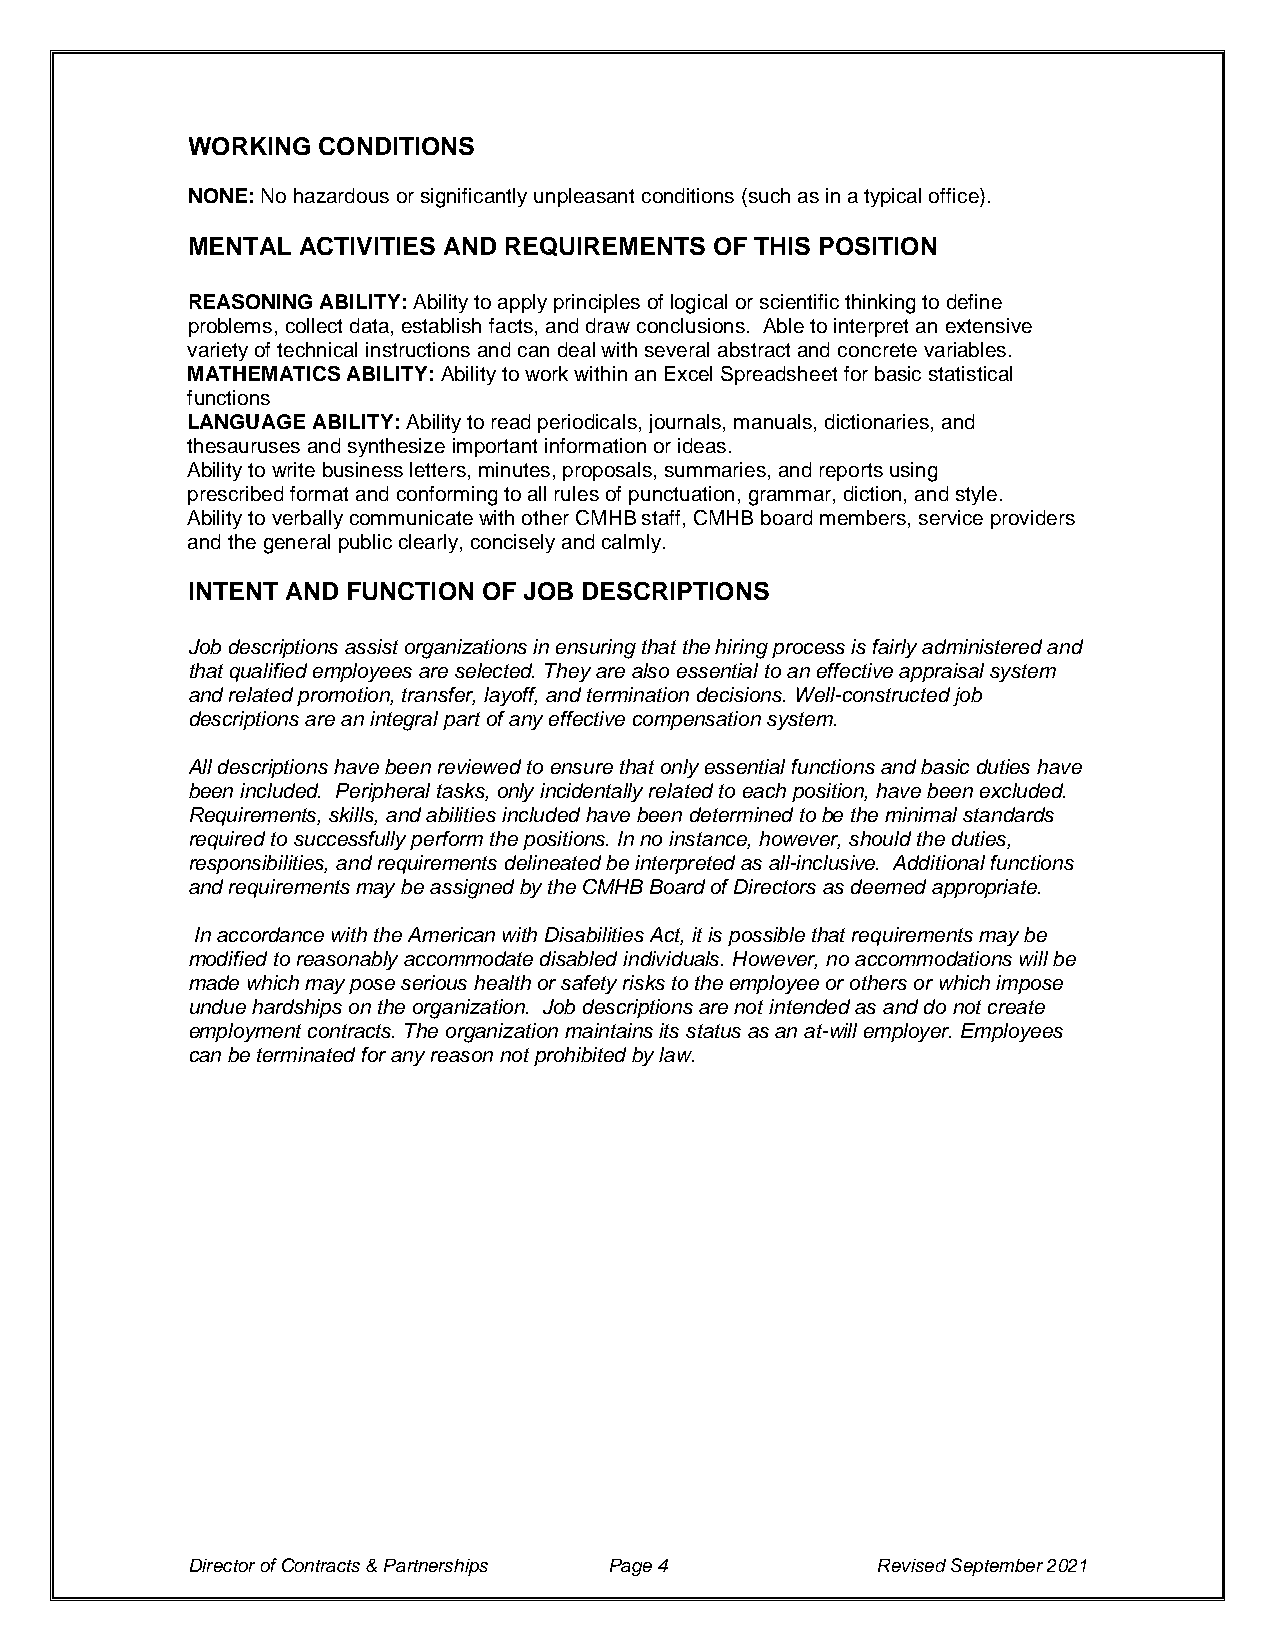
WORKING  CONDITIONS
 NONE: No hazardous or significantly unpleasant conditions (such as in a typical office).
 MENTAL  ACTIVITIES AND REQUIREMENTS OF THIS POSITION
 REASONING ABILITY: Ability to apply principles of logical or scientific thinking to define
 problems, collect data, establish facts, and draw conclusions. Able to interpret an extensive
 variety of technical instructions and can deal with several abstract and concrete variables.
 MATHEMATICS ABILITY: Ability to work within an Excel Spreadsheet for basic statistical
 functions
 LANGUAGE ABILITY: Ability to read periodicals, journals, manuals, dictionaries, and
 thesauruses and synthesize important information or ideas.
 Ability to write business letters, minutes, proposals, summaries, and reports using
 prescribed format and conforming to all rules of punctuation, grammar, diction, and style.
 Ability to verbally communicate with other CMHB staff, CMHB board members, service providers
 and the general public clearly, concisely and calmly.
 INTENT AND FUNCTION OF JOB DESCRIPTIONS
 Job descriptions assist organizations in ensuring that the hiring process is fairly administered and
 that qualified employees are selected. They are also essential to an effective appraisal system
 and related promotion, transfer, layoff, and termination decisions. Well-constructed job
 descriptions are an integral part of any effective compensation system.
 All descriptions have been reviewed to ensure that only essential functions and basic duties have
 been included. Peripheral tasks, only incidentally related to each position, have been excluded.
 Requirements, skills, and abilities included have been determined to be the minimal standards
 required to successfully perform the positions. In no instance, however, should the duties,
 responsibilities, and requirements delineated be interpreted as all-inclusive. Additional functions
 and requirements may be assigned by the CMHB Board of Directors as deemed appropriate.
 In accordance with the American with Disabilities Act, it is possible that requirements may be
 modified to reasonably accommodate disabled individuals. However, no accommodations will be
 made which may pose serious health or safety risks to the employee or others or which impose
 undue hardships on the organization. Job descriptions are not intended as and do not create
 employment contracts. The organization maintains its status as an at-will employer. Employees
 can be terminated for any reason not prohibited by law.
 Director of Contracts & Partnerships Page 4   Revised September 2021